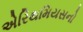
એરિથમિયસનો